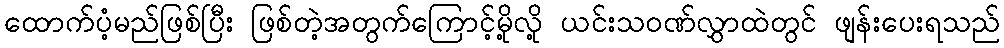
ထောက်ပံ့မည်ဖြစ်ပြီး ဖြစ်တဲ့အတွက်ကြောင့်မို့လို့ ယင်းသဝဏ်လွှာထဲတွင် ဖျန်းပေးရသည်